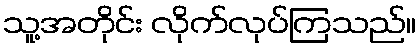
သူ့အတိုင်း လိုက်လုပ်ကြသည်။